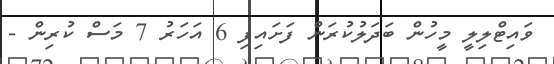
ވައިޓްލިލީ މީހުން ބަދަލުކުރަން ފަށައިފި 6 އަހަރު 7 މަސް ކުރިން -